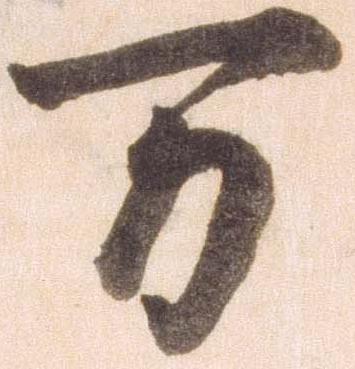
万